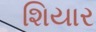
શિયાર